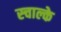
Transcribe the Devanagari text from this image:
स्चाल्के